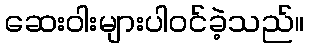
ဆေးဝါးများပါဝင်ခဲ့သည်။